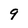
Character: 9